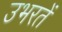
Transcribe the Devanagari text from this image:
उभरतें